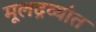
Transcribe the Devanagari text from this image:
मूलद्रव्यांत